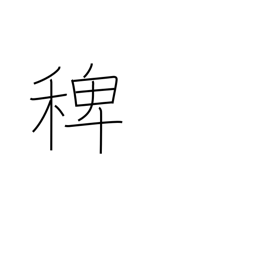
Meaning: deccan grass